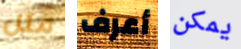
مثل أعرف يمكن